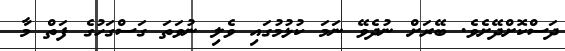
ދަސްކޮށްދޭށެވެ. ބޭރަށް ނުދެވޭ ނަމަ ކުޅުމުގައި ވެލި ނުވަތަ ގަސްގަހުގެ ފަތް މާ